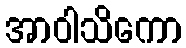
အာဝါသိကော